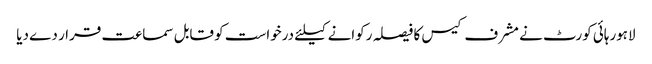
لاہورہائی کورٹ نے مشرف کیس کا فیصلہ رکوانے کیلئے درخواست کو قابل سماعت قرار دے دیا